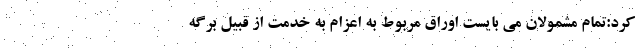
کرد:تمام مشمولان می بایست اوراق مربوط به اعزام به خدمت از قبیل برگه